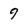
Character: 9